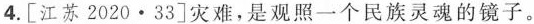
4.[江苏2020·33]灾难，是观照一个民族灵魂的镜子。